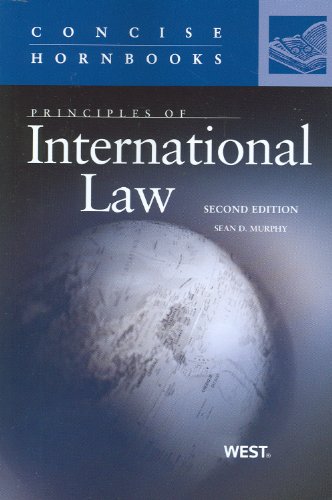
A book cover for Principles of International Law (Concise Hornbook Series); Sean Murphy; Law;